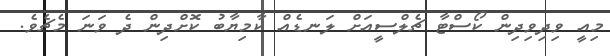
މިއީ ވިދިވިދިން ކޯސްޓާ ޗެލްސީއަށް ލަނޑެއް ކާމިޔާބު ކޮށްދިން ދެ ވަނަ މެޗެވެ.